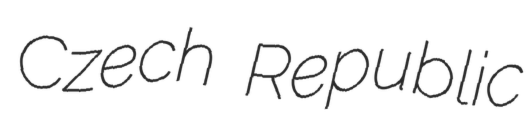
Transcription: Czech Republic